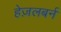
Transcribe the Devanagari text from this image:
हेज़लबर्न